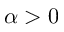
\alpha > 0